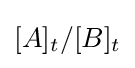
{[A]_{t}}/{[B]_{t}}